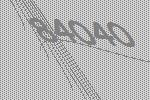
84040